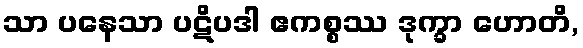
သာ ပနေသာ ပဋိပဒါ ဧကစ္စဿ ဒုက္ခာ ဟောတိ,